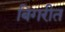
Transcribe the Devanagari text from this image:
बिगरीत